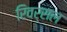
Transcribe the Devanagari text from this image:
रिवर्सल